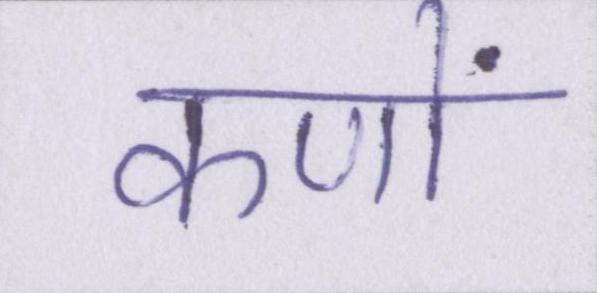
कणों